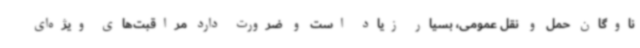
ناوگان حمل و نقل عمومی، بسیار زیاد است و ضرورت دارد مراقبت‌های ویژه‌ای